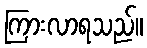
ကြားလာရသည်။